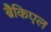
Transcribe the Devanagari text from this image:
ब्रैकिएल